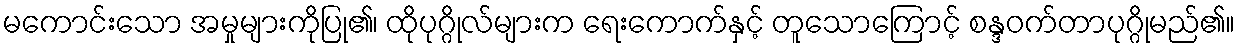
မကောင်းသော အမှုများကိုပြု၏၊ ထိုပုဂ္ဂိုလ်များက ရေးကောက်နှင့် တူသောကြောင့် စန္ဒဝက်တာပုဂ္ဂိုမည်၏။